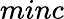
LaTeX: minc